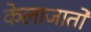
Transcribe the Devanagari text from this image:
केलाजातो